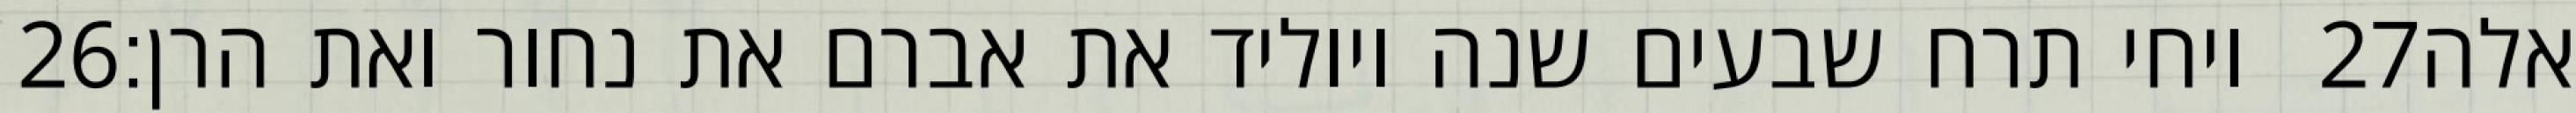
‎26‏ ויחי תרח שבעים שנה ויוליד את אברם את נחור ואת הרן׃ ‎27‏ אלה